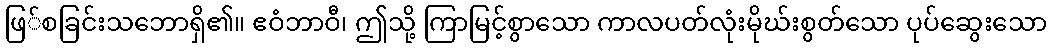
ဖြ်စခြင်းသဘောရှိ၏။ ဧဝံဘာဝီ၊ ဤသို့ ကြာမြင့်စွာသော ကာလပတ်လုံးမိုဃ်းစွတ်သော ပုပ်ဆွေးသော